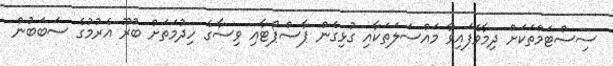
ސިސްޓަމްތަކަށް ދިމާވެފައިވާ މައްސަލަތަކާއި ގުޅިގެން ޕާސްޕޯޓާއި ވިސާގެ ހިދުމަތަށް ބުރޫ އެރުމުގެ ސަބަބުން